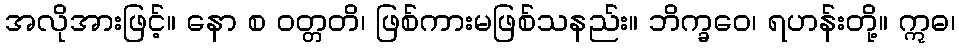
အလိုအားဖြင့်။ နော စ ဝတ္တတိ၊ ဖြစ်ကားမဖြစ်သနည်း။ ဘိက္ခဝေ၊ ရဟန်းတို့။ ဣဓ၊